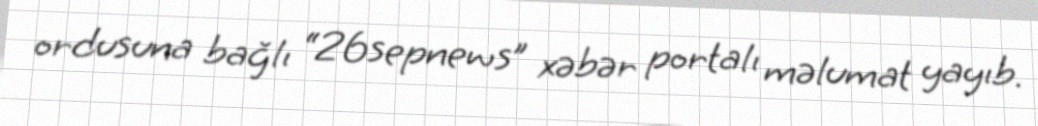
ordusuna bağlı “26sepnews” xəbər portalı məlumat yayıb.